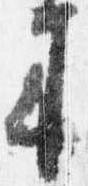
来